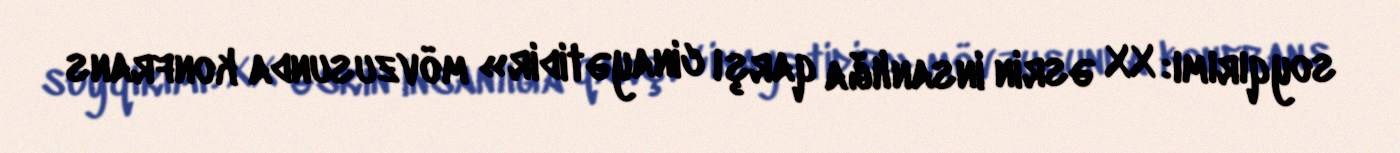
soyqırımı: XX əsrin insanlığa qarşı cinayətidir» mövzusunda konfrans